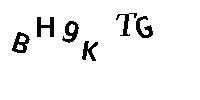
BH9KTG